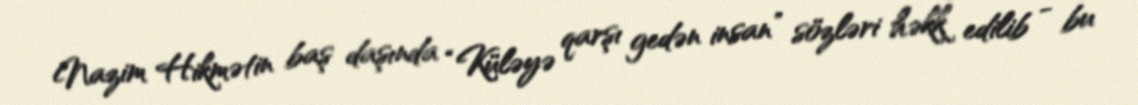
Nazim Hikmətin baş daşında “Küləyə qarşı gedən insan” sözləri həkk edilib - bu